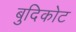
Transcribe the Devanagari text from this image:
बुदिकोट